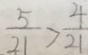
\frac { 5 } { 2 1 } > \frac { 4 } { 2 1 }